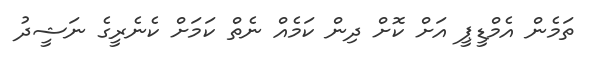
ތަމެން އެމްޑީޕީ އަށް ކޮށް ދިން ކަމެއް ނެތް ކަމަށް ކެނެރީގެ ނަޝީދު